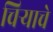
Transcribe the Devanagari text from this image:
चिऱ्याचे